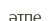
әтпе